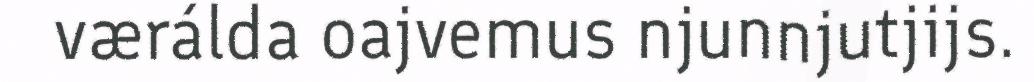
værálda oajvemus njunnjutjijs.